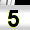
Digit: 5